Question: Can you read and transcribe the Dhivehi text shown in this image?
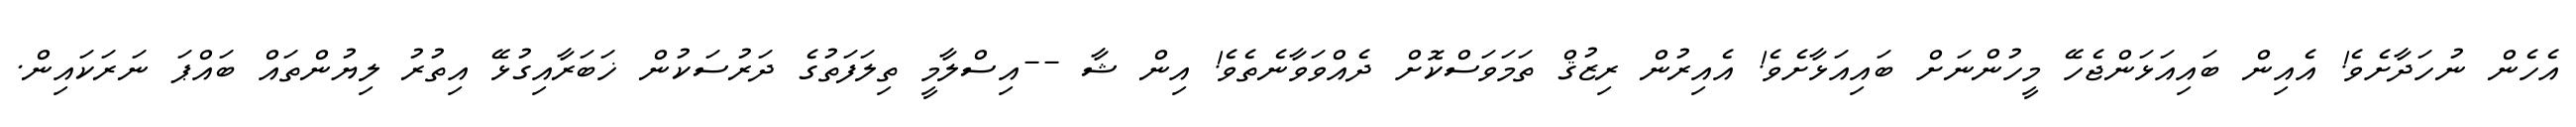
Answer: އެހެން ނުހަދާށެވެ! އެއިން ބައިއަޅަންޖެހޭ މީހުންނަށް ބައިއަޅާށެވެ! އެއިރުން ރިޒުޤް ތަމަވަސްކޮށް ދެއްވަވާނެތެވެ! އިން ޝާ --އިސްލާމީ ތިލަފަތުގެ ދަރުސަކުން ޚަބަރާއިގުޅޭ އިތުރު ލިޔުންތައް ބައްޕަ ނަރަކައިން.